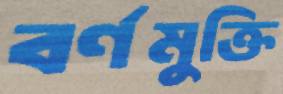
বর্ণমুক্তি